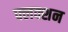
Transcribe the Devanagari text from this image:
फ्लक्शन